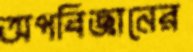
অপবিজ্ঞানের